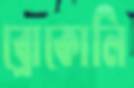
ব্রোকোলি